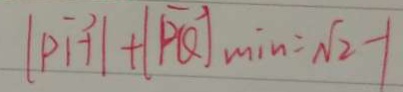
\vert \overrightarrow { P H } \vert + \vert \overrightarrow { P Q } \vert _ { \min } = \sqrt { 2 } - 1